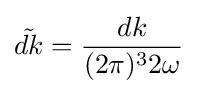
{\tilde {dk}}={\frac {dk}{(2\pi )^{3}2\omega }}